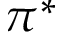
\pi ^ { * }